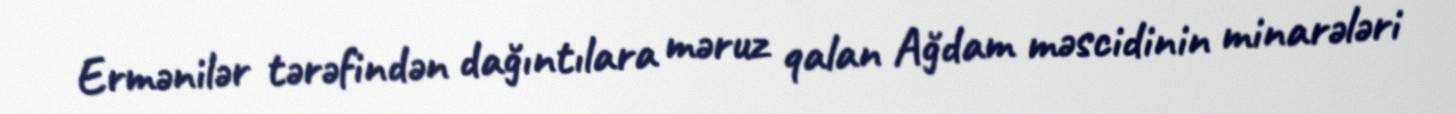
Ermənilər tərəfindən dağıntılara məruz qalan Ağdam məscidinin minarələri